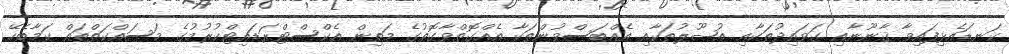
ކަނޑައެޅިފައިވާ ޤާނޫނާއި ގަވައިދުތަކާއި އުޞޫލުތަކާއި އެއްބަސްވުންތަކާ އެއްގޮތްވާގޮތުގެ މަތިން އެކްސްޓްރަޑައިޓްކުރުމުގެ މަސައްކަތްތައް ކަމާބެހޭ